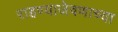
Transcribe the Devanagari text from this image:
राहण्याजेवणाच्या